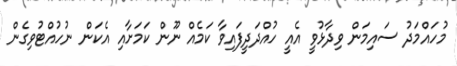
މުހައްމަދު ސައިމަން ވިދާޅުވީ އެއީ ހުއްދަދީފައިވާ ކަމެއް ނޫން ކަމަށާއި އެކަން ނުހުއްޓުވިގެން